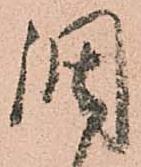
調